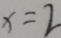
x = 2